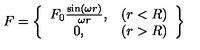
F = \left\{ \begin{array} { c c } { F _ { 0 } \frac { \sin ( \omega r ) } { \omega r } , } & { ( r < R ) } \\ { 0 , } & { ( r > R ) } \\ \end{array} \right\}